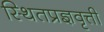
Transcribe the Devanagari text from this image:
स्थितप्रज्ञवृत्ती